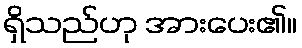
ရှိသည်ဟု အားပေး၏။